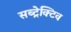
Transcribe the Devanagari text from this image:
सब्ट्रेक्टिव